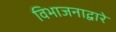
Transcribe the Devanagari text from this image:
विभाजनाद्वारे